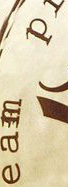
eam p